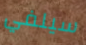
سيلفي